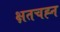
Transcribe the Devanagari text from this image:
क्षतचह्न